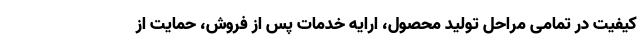
کیفیت در تمامی مراحل تولید محصول، ارایه خدمات پس از فروش، حمایت از